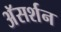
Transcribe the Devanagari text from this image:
अॅसर्शन